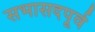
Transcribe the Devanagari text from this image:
सभासदपूर्व